Elephants and their diseases
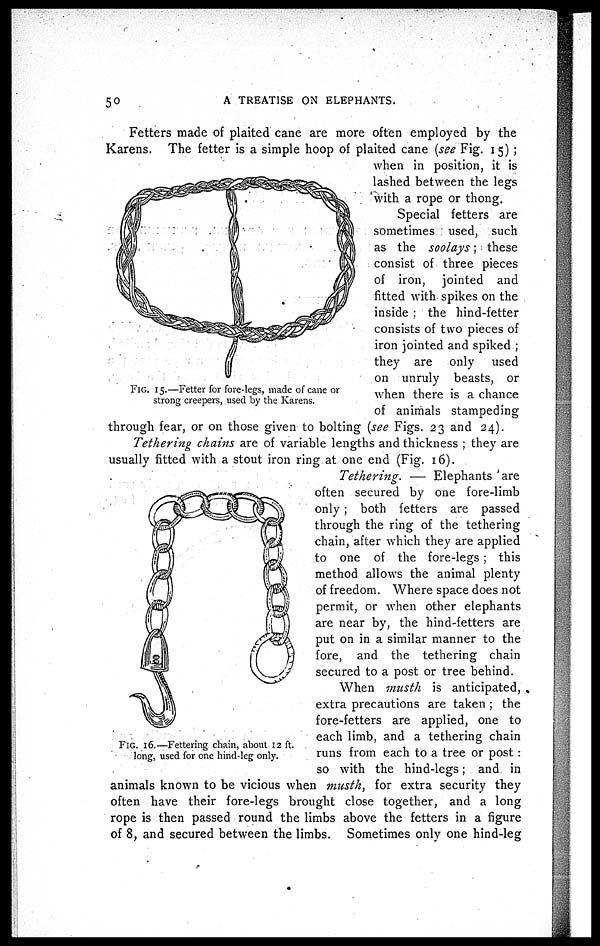
50
A TREATISE ON ELEPHANTS.
Fetters made of plaited cane are more often employed by the
Karens. The fetter is a simple hoop of plaited cane (see Fig. 15) ;
when in position, it is
lashed between the legs
with a rope or thong.
Special fetters are
sometimes used, such
as the soolays; these
consist of three pieces
of iron, jointed and
fitted with spikes on the
inside ; the hind-fetter
consists of two pieces of
iron jointed and spiked ;
they are only used
on unruly beasts, or
when there is a chance
of animals stampeding
through fear, or on those given to bolting (see Figs. 23 and 24).
Tethering chains are of variable lengths and thickness ; they are
usually fitted with a stout iron ring at one end (Fig. 16).
Tethering. — Elephants are
often secured by one fore-limb
only ; both fetters are passed
through the ring of the tethering
chain, after which they are applied
to one of the fore-legs ; this
method allows the animal plenty
of freedom. Where space does not
permit, or when other elephants
are near by, the hind-fetters are
put on in a similar manner to the
fore, and the tethering chain
secured to a post or tree behind.
When masth is anticipated,
extra precautions are taken ; the
fore-fetters are applied, one to
each limb, and a tethering chain
runs from each to a tree or post :
so with the hind-legs; and in
animals known to be vicious when micsth, for extra security they
often have their fore-legs brought close together, and a long
rope is then passed round the limbs above the fetters in a figure
of 8, and secured between the limbs. Sometimes only one hind-leg
FIG. 15.—Fetter for fore-legs, made of cane or
strong creepers, used by the Karens.
FIG. 16.—Fettering chain, about 12 ft.
long, used for one hind-leg only.